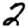
Digit: 2